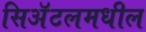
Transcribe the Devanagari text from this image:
सिअॅटलमधील